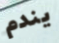
يندم